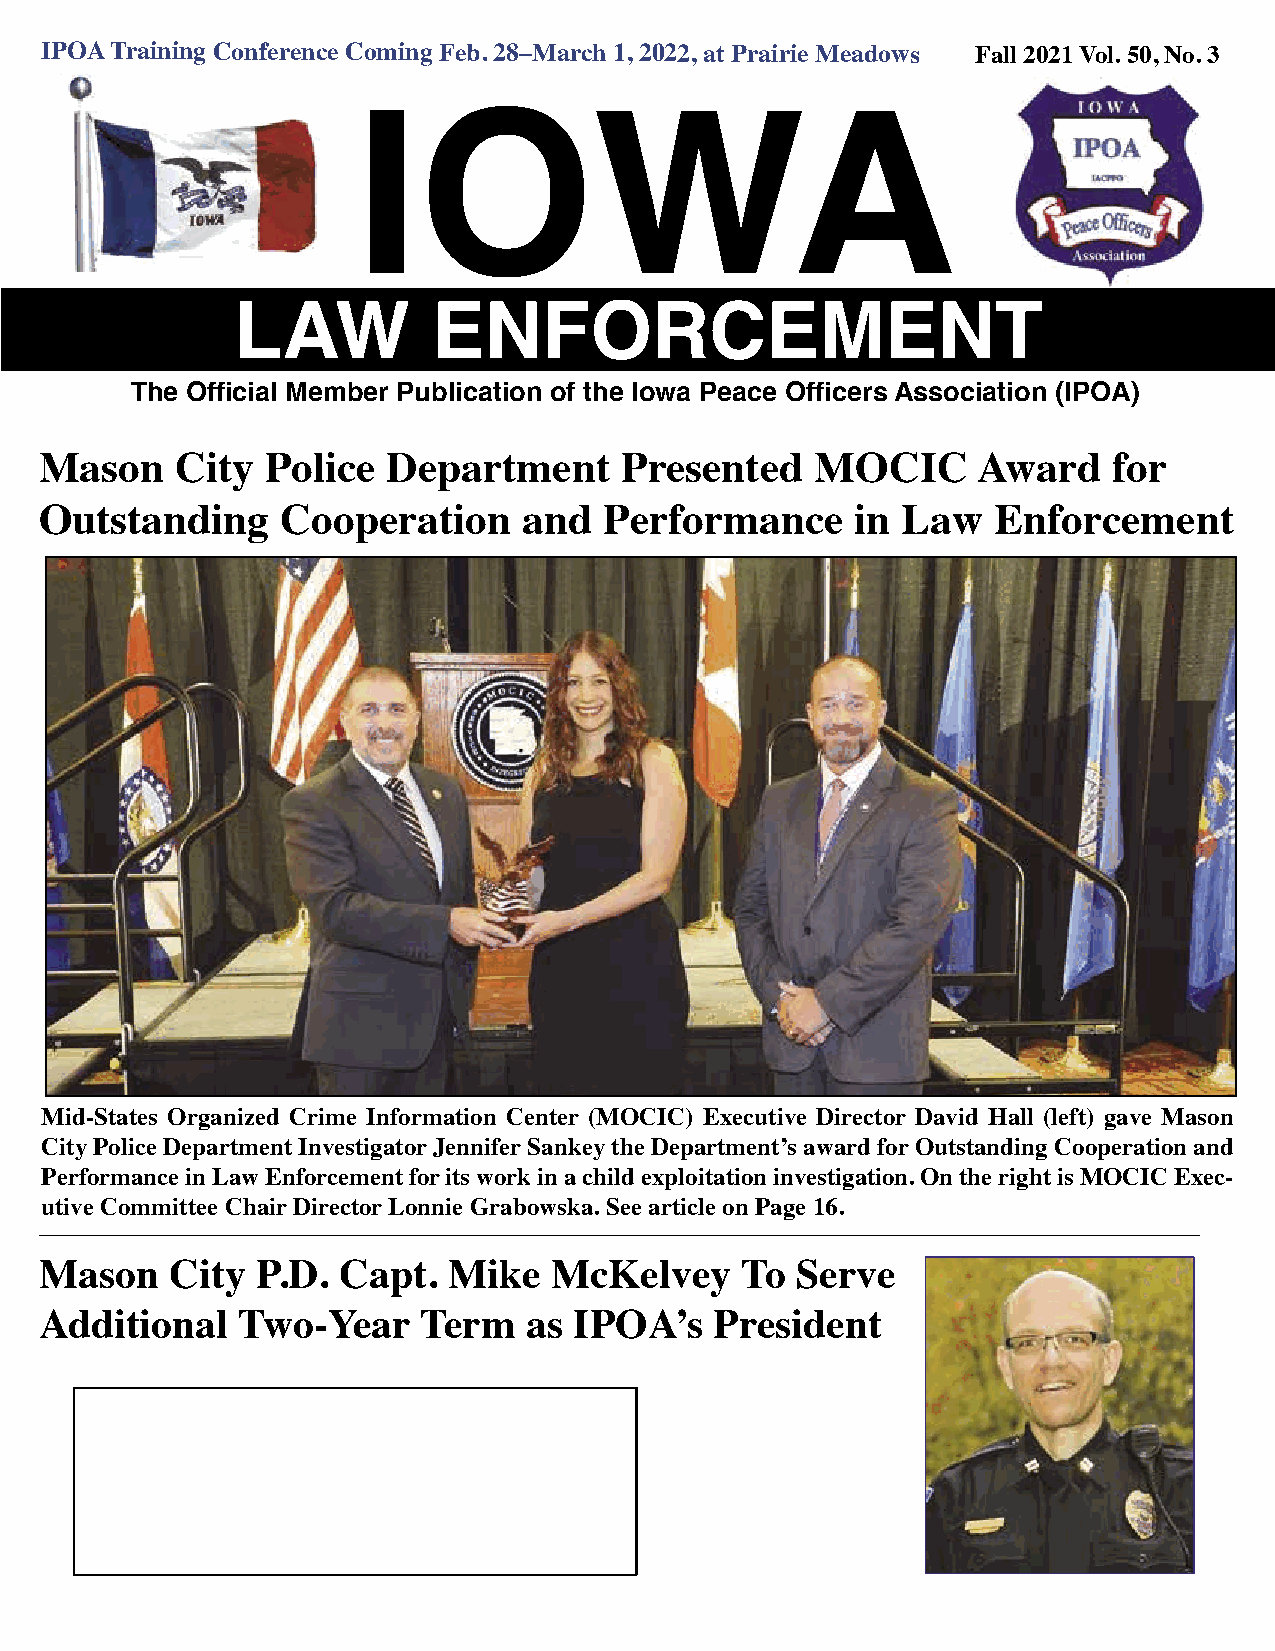
IPOA Training Conference Coming Feb. 28–March 1, 2022, at Prairie Meadows Fall 2021 Vol. 50, No. 3
 IOWA
 LAW           ENFORCEMENT
 TThhee OOfffificciiaall MMeemmbbeerr PPuubblliiccaattiioonn ooff tthhee IIoowwaa PPeeaaccee OOfffificceerrss AAssssoocciiaattiioonn ((IIPPOOAA))
 Mason    City  Police  Department     Presented    MOCIC      Award    for
 Outstanding     Cooperation     and  Performance      in Law   Enforcement
 Mid-States Organized Crime Information Center (MOCIC) Executive Director David Hall (left) gave Mason
 City Police Department Investigator Jennifer Sankey the Department’s award for Outstanding Cooperation and
 Performance in Law Enforcement for its work in a child exploitation investigation. On the right is MOCIC Exec-
 utive Committee Chair Director Lonnie Grabowska. See article on Page 16.
 Mason   City  P.D. Capt.   Mike  McKelvey     To  Serve
 Additional   Two-Year    Term   as IPOA’s   President